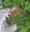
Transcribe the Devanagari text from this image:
एकिया